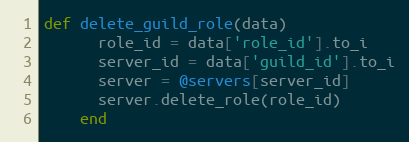
Language: Ruby
def delete_guild_role(data)
      role_id = data['role_id'].to_i
      server_id = data['guild_id'].to_i
      server = @servers[server_id]
      server.delete_role(role_id)
    end